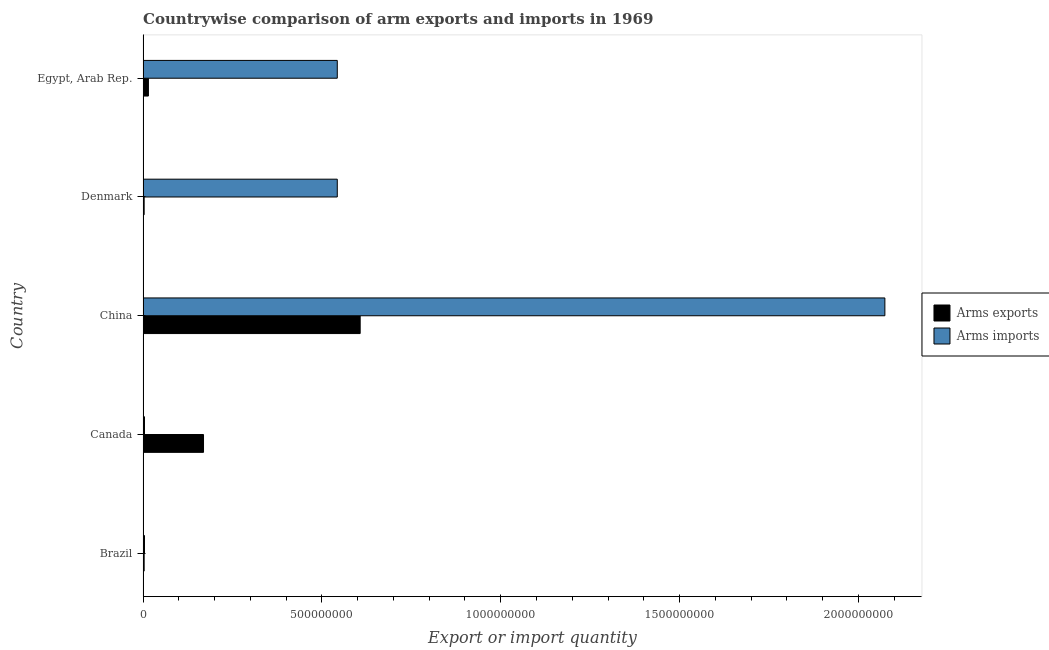
| Country | Arms exports | Arms imports |
 | --- | --- | --- |
 | Brazil | 3e+06 | 4e+06 |
 | Canada | 1.69e+08 | 4e+06 |
 | China | 6.07e+08 | 2.07e+09 |
 | Denmark | 3e+06 | 5.43e+08 |
 | Egypt, Arab Rep. | 1.5e+07 | 5.43e+08 |